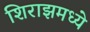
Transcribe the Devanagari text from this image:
शिराझमध्ये